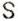
S